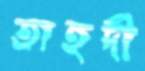
তাহদী